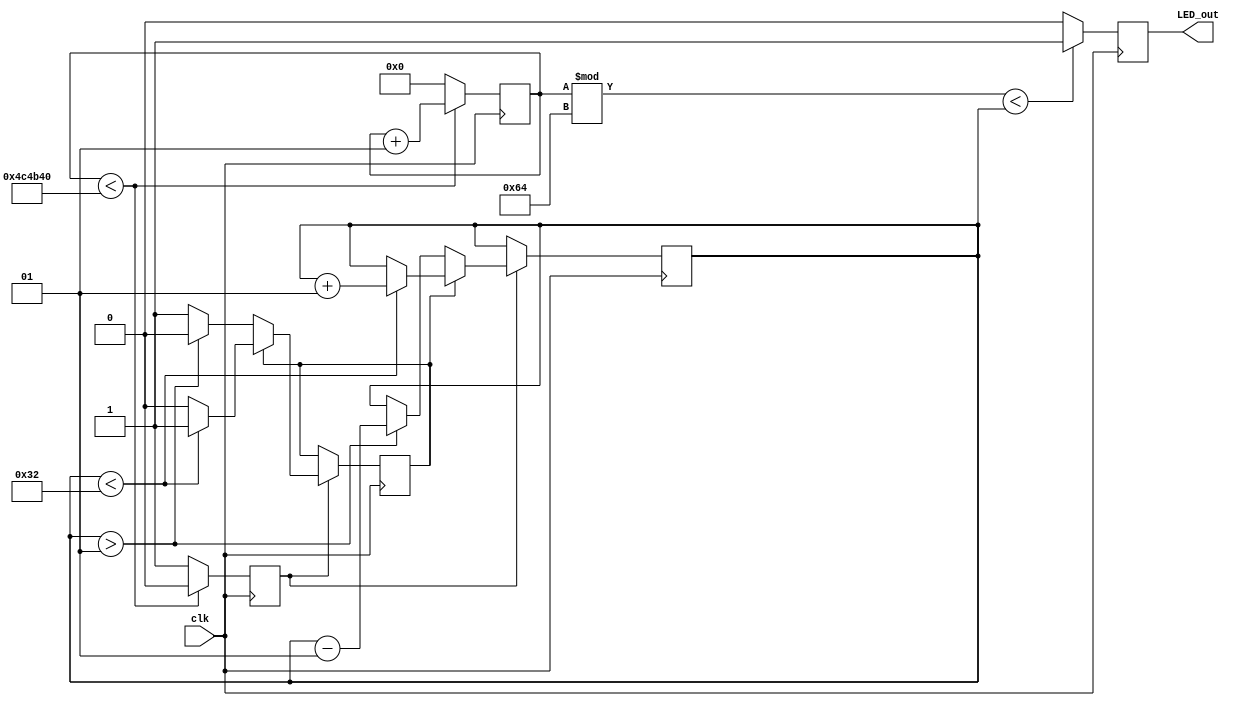
module LED(clk,LED_out);
input clk;

output LED_out;

reg LED_state;
integer count = 0;
//integer inside_count =1;
integer rate= 1;//1-49
reg flag=1;
reg change=0;

always@(posedge clk)begin

if(count<5000000)begin
	count<=count + 1;
	change<= 0;
	end
else
	begin
	count <= 0;
	change <= 1;
	end
	
	
if((count%100)<rate)begin
	LED_state<=1;
	end
else
	begin
	LED_state<=0;
	end


if(change)begin

	if(flag)begin
		if(rate<50)begin
				rate<=rate+1;
				end
		else
			flag<=0;
		end
	else	
		begin
		if(rate>1)
			rate<=rate-1;
		else
			flag<=1;
		end

end
	
end
assign LED_out=LED_state;
endmodule